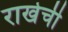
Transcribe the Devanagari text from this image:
राखेची